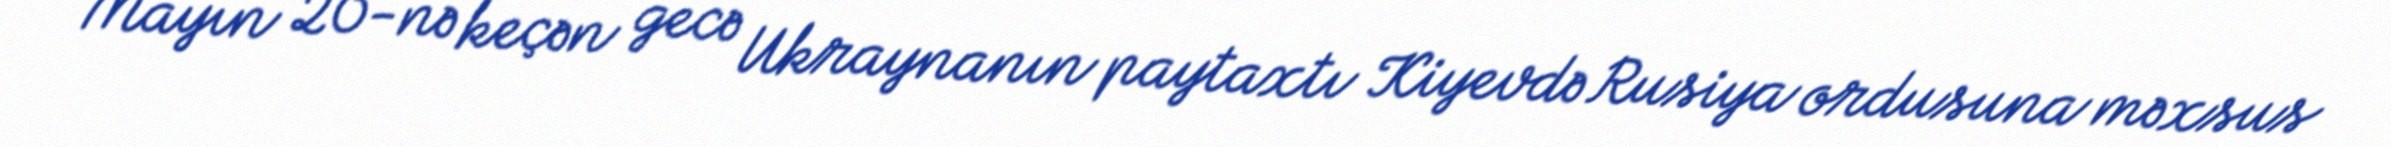
Mayın 20-nə keçən gecə Ukraynanın paytaxtı Kiyevdə Rusiya ordusuna məxsus